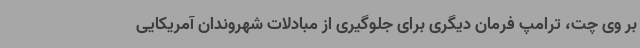
بر وی چت، ترامپ فرمان دیگری برای جلوگیری از مبادلات شهروندان آمریکایی